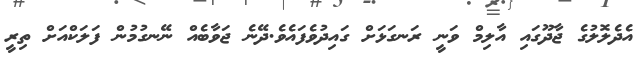
އެދެލޮލުގެ ޖާދޫގައި އާލިމް ވަނީ ރަނގަޅަށް ގައިދުވެފައެވެ.ދޭނެ ޖަވާބެއް ނޭނގުމުން ފަލަކްއަށް ތިރީ